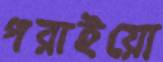
পরাইয়ো